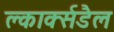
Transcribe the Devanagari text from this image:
क्लार्क्सडैल